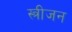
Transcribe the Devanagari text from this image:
स्त्रीजन